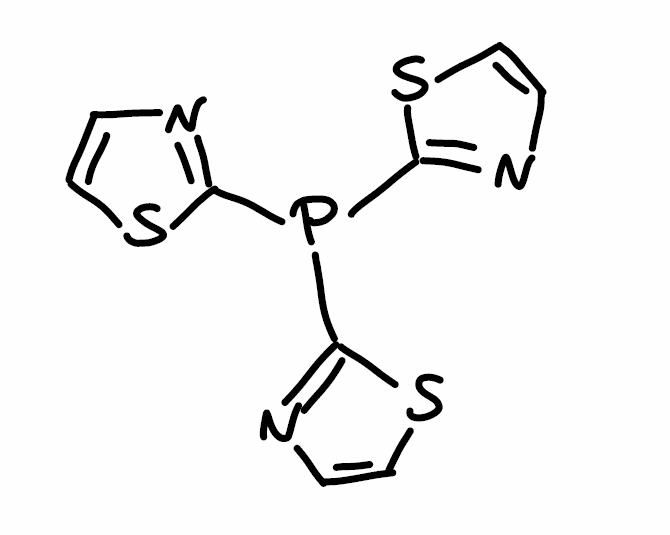
Simplified molecular-input line-entry system (SMILES) notation of the given molecule:
C1=CSC(=N1)P(C2=NC=CS2)C3=NC=CS3